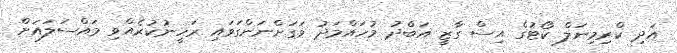
އަދި ކްރިމިނަލް ކޯޓުގެ އިސް ގާޒީ އަބްދު މުހައްމަދު ވަގަށްނަންގަވައި ރަހީނުކުރެއްވި މައްސަލައަށް